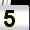
Digit: 5